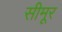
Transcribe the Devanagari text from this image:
सीमूर